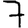
Digit: 7